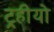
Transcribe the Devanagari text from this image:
ट्रहीयो